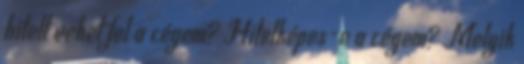
hitelt vehet fel a cégem? Hitelképes-e a cégem? Melyik